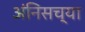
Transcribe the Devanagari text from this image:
अंनिसच्या